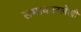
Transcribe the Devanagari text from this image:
समाकललेखी